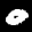
Label: 0